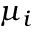
\mu _ { i }